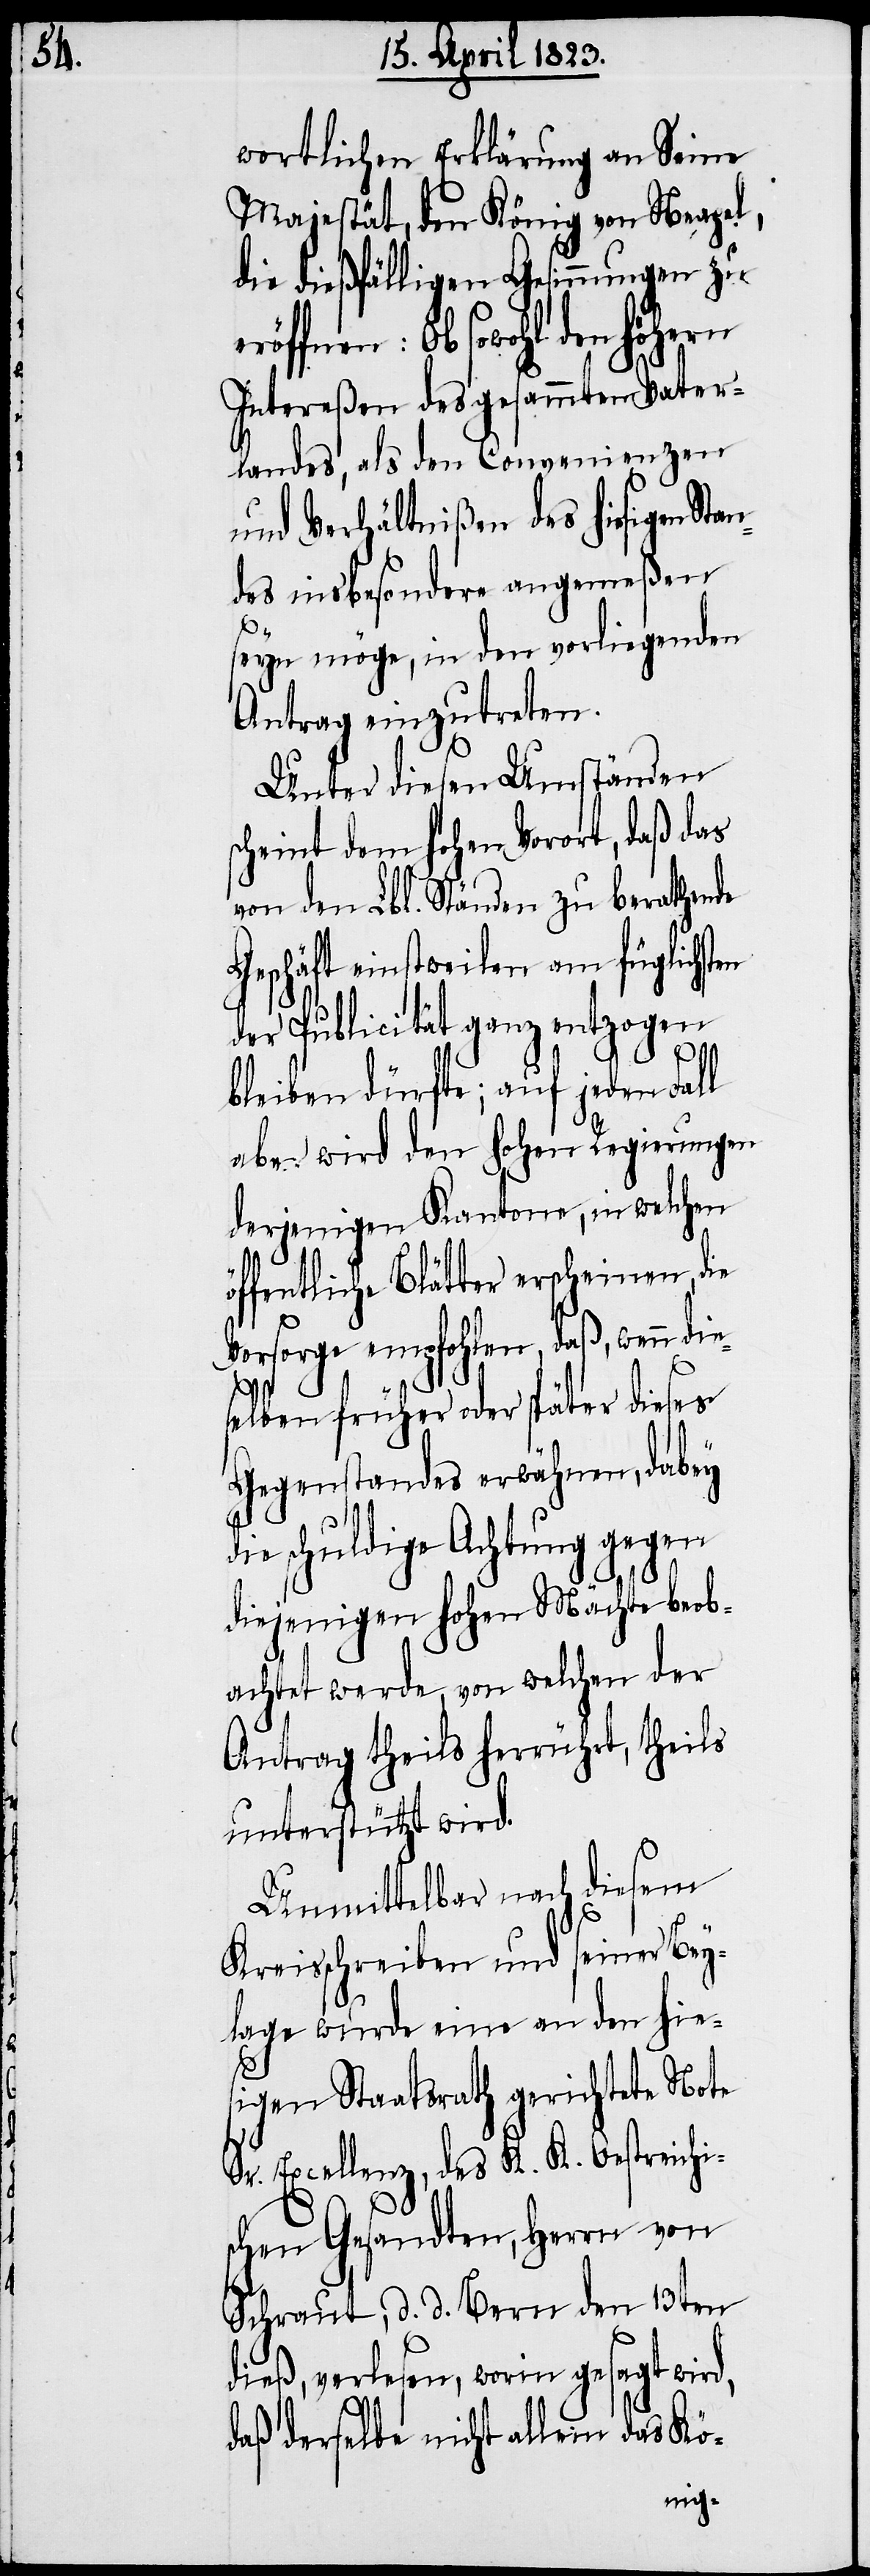
d¬

wortlichen Erklärung an Seine
Majestät, den König von Neapel,
die dießfälligen Gesinnungen zu
röffnen: Ob sowohl den höhern
Intereßen des gesammten Vater¬
landes, als den Convenienzen
und Verhältnißen des hiesigen Sta¬
ndes insbesondere angemeßen
seyn möge, in den vorliegenden
Antrag einzutreten.
Unter diesen Umständen
scheint dem hohen Vorort, daß das
von den Lbl. Ständen zu berathende
Geschäft einstweilen am füglichsten
der Publicität ganz entzogen
bleiben dürfte; auf jeden Fall
aber wird den hohen Regierungen
derjenigen Kantone, in welchen
ffentliche Blätter erscheinen, die
Vorsorge empfohlen, daß, wenn die¬
selben früher oder später dieses
ie schuldige Achtung gegen
diejenigen hohen Mächte beob¬
achtet werde, von welchen der
Antrag theils herrührt, theils
unterstützt wird.
Unmittelbar nach diesem
Kreisschreiben und seiner Bey¬
lage wurde eine an den hies¬
igen Staatsrath gerichtete Note
Sr. Excellenz, des K. K. Oestreichi¬
schen Gesandten, Herrn von
Schraut, d. d. Bern den 13ten
dieß, verlesen, worin gesagt wird,
daß derselbe nicht allein das Kö-